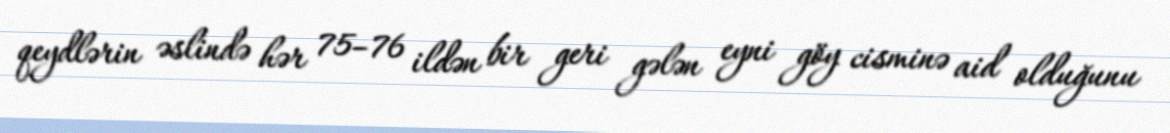
qeydlərin əslində hər 75–76 ildən bir geri gələn eyni göy cisminə aid olduğunu